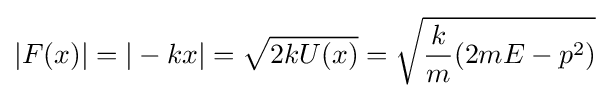
|F(x)|=|-kx|={\sqrt {2kU(x)}}={\sqrt {{\frac {k}{m}}(2mE-p^{2})}}